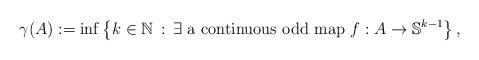
LaTeX: \begin{align*}\gamma(A):=\inf\left\{k\in\mathbb{N}\, :\, \exists \mbox{ a continuous odd map } f:A\to\mathbb{S}^{k-1}\right\},\end{align*}